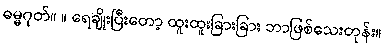
ဓမ္မဂုတ်။ ။ ရေချိုးပြီးတော့ ထူးထူးခြားခြား ဘာဖြစ်သေးတုန်း။